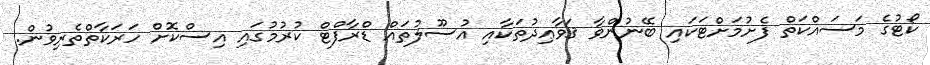
ކޯޓުގެ މަސައްކަތް ފެށުމަށްޓަކައި ބޭނުންވާ ޤަވާޢިދުތަކާއި އުސޫލުތައް ޑްރާފްޓް ކުރުމުގައި އިސްކޮށް ހަރަކާތްތެރިވުން.